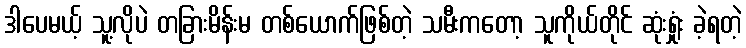
ဒါပေမယ့် သူ့လိုပဲ တခြားမိန်းမ တစ်ယောက်ဖြစ်တဲ့ သမီးကတော့ သူကိုယ်တိုင် ဆုံးရှုံး ခဲ့ရတဲ့